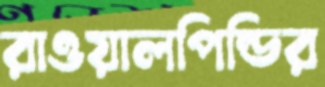
রাওয়ালপিন্ডির